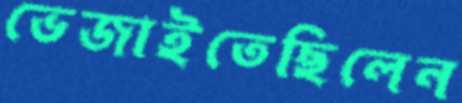
ভেজাইতেছিলেন